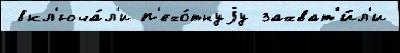
 вкл'юча́л'и п'ехо́тнуjу захват'и́л'и